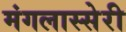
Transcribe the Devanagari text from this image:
मंगलास्सेरी